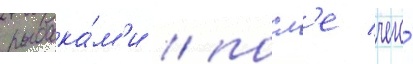
рыбака́м'и / посл'е чего́